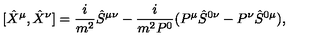
[ \hat { X } ^ { \mu } , \hat { X } ^ { \nu } ] = \frac { i } { m ^ { 2 } } \hat { S } ^ { \mu \nu } - \frac { i } { m ^ { 2 } P ^ { 0 } } ( P ^ { \mu } \hat { S } ^ { 0 \nu } - P ^ { \nu } \hat { S } ^ { 0 \mu } ) ,